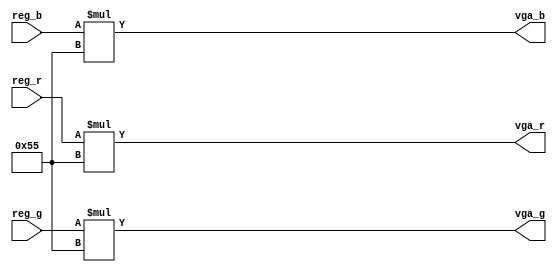
module ColorScaler (
    input wire [2:0] reg_r,
    input wire [2:0] reg_g,
    input wire [2:0] reg_b,
    output wire [7:0] vga_r,
    output wire [7:0] vga_g,
    output wire [7:0] vga_b
);

assign vga_r = reg_r * 85;
assign vga_g = reg_g * 85;
assign vga_b = reg_b * 85;

endmodule